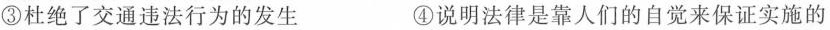
③杜绝了交通违法行为的发生 ④说明法律是靠人们的自觉来保证实施的